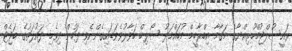
ރައީސުލްޖުމްހޫރިއްޔާގެ މަގާމާ އިބްރާހީމް މުހައްމަދު ސޯލިހް ހަވާލުވެވަޑައިގެންނެވި ފަހުން ދިވެހި ދައުލަތުގެ ބަޖެޓް